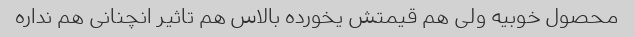
محصول خوبیه ولی هم قیمتش یخورده بالاس هم تاثیر انچنانی هم نداره